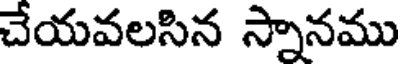
చేయవలసిన స్నానము